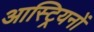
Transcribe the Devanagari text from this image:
आस्ट्रियनों